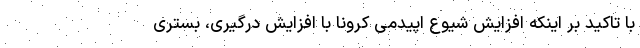
با تاکید بر اینکه افزایش شیوع اپیدمی کرونا با افزایش درگیری، بستری